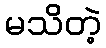
မသိတဲ့